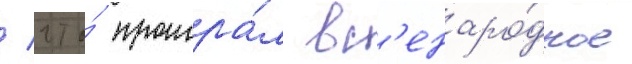
/ что́ проигра́л вс'енаро́дное